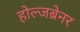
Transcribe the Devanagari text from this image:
होल्जब्रेनर